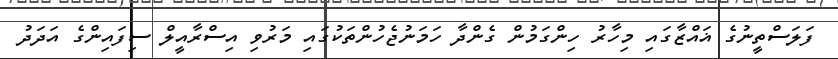
ފަލަސްތީނުގެ ޣައްޒާގައި މިހާރު ހިންގަމުން ގެންދާ ހަމަނުޖެހުންތަކުގައި މަރުވި އިސްރާއީލް ސިފައިންގެ އަދަދު